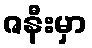
ဇနီးမှာ